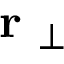
\mathrm { ~ \bf ~ r ~ } _ { \perp }